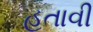
હતાવી